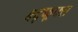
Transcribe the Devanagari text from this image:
क्ष्द्फ्र्फ्स